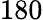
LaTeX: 180